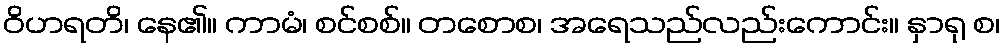
ဝိဟရတိ၊ နေ၏။ ကာမံ၊ စင်စစ်။ တစောစ၊ အရေသည်လည်းကောင်း။ နှာရု စ၊